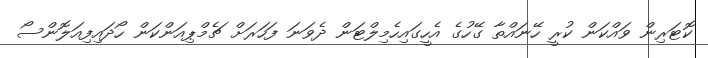
ކޮޓަރިން ވައްކަން ކުރީ ހޭނައްތާ ގޭހުގެ އެހީގައިހެމިލްޓަން ދެވަނަ ފަހަރަށް ޗެމްޕިއަންކަން ހޯދައިފިއަލޮންސޯ